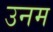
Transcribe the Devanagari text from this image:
उनम